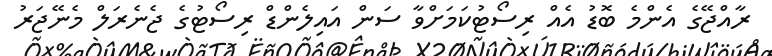
ރާއްޖޭގެ އެންމެ ބޮޑު އެއް ރިސޯޓުކަމަށްވާ ސަން އައިލެންޑް ރިސޯޓުގެ ޖެނެރަލް މެނޭޖަރު